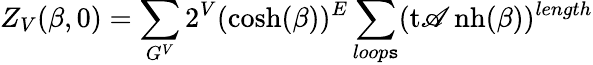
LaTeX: Z_{V}(\beta,0)=\sum_{G^{V}}2^{V}(\cosh(\beta))^{E}\sum_{loop\mathtt{s}}(\operatorname{t\mathscr{A}nh}(\beta))^{length}